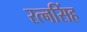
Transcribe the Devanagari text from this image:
रत्‍नसिंह